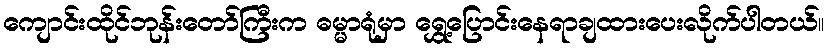
ကျောင်းထိုင်ဘုန်းတော်ကြီးက ဓမ္မာရုံမှာ ရွှေ့ပြောင်းနေရာချထားပေးလိုက်ပါတယ်။